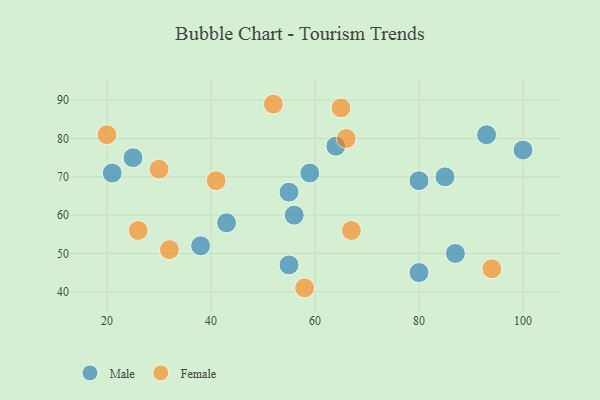
{"axis": {"x": "GDP", "y": "Life Expectancy"}, "legend": ["Female", "Male"], "data": [{"x": "100", "y": 77, "type": "Male"}, {"x": "25", "y": 75, "type": "Male"}, {"x": "85", "y": 70, "type": "Male"}, {"x": "87", "y": 50, "type": "Male"}, {"x": "43", "y": 58, "type": "Male"}, {"x": "64", "y": 78, "type": "Male"}, {"x": "38", "y": 52, "type": "Male"}, {"x": "56", "y": 60, "type": "Male"}, {"x": "80", "y": 45, "type": "Male"}, {"x": "55", "y": 66, "type": "Male"}, {"x": "21", "y": 71, "type": "Male"}, {"x": "80", "y": 69, "type": "Male"}, {"x": "55", "y": 47, "type": "Male"}, {"x": "93", "y": 81, "type": "Male"}, {"x": "59", "y": 71, "type": "Male"}, {"x": "65", "y": 88, "type": "Female"}, {"x": "58", "y": 41, "type": "Female"}, {"x": "66", "y": 80, "type": "Female"}, {"x": "20", "y": 81, "type": "Female"}, {"x": "26", "y": 56, "type": "Female"}, {"x": "41", "y": 69, "type": "Female"}, {"x": "67", "y": 56, "type": "Female"}, {"x": "30", "y": 72, "type": "Female"}, {"x": "94", "y": 46, "type": "Female"}, {"x": "52", "y": 89, "type": "Female"}, {"x": "32", "y": 51, "type": "Female"}]}